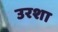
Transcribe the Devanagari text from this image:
उरशा